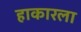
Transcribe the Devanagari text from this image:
हाकारला